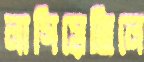
লাগিয়েছিলে